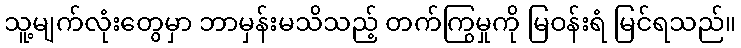
သူ့မျက်လုံးတွေမှာ ဘာမှန်းမသိသည့် တက်ကြွမှုကို မြဝန်းရံ မြင်ရသည်။